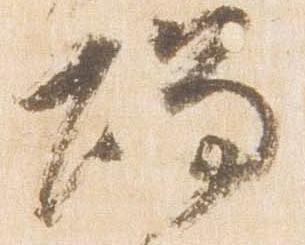
燭